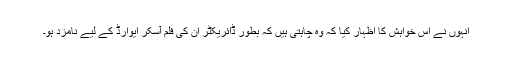
انہوں نے اس خواہش کا اظہار کیا کہ وہ چاہتی ہیں کہ بطور ڈائریکٹر ان کی فلم آسکر ایوارڈ کے لیے نامزد ہو۔